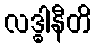
လဒ္ဓါနီတိ